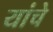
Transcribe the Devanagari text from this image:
यांचेे